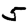
Digit: 5